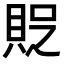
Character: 𧵐